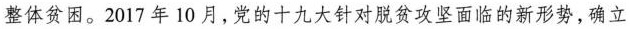
整体贫困。2017年10月，党的十九大针对脱贫攻坚面临的新形势，确立